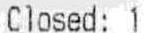
CLOSED: 1